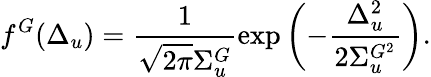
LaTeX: f^{G}(\Delta_{u})=\frac{1}{\sqrt{2\pi}\Sigma_{u}^{G}}\exp\left(-\frac{\Delta_{u}^{2}}{2\Sigma_{u}^{G^{2}}}\right).